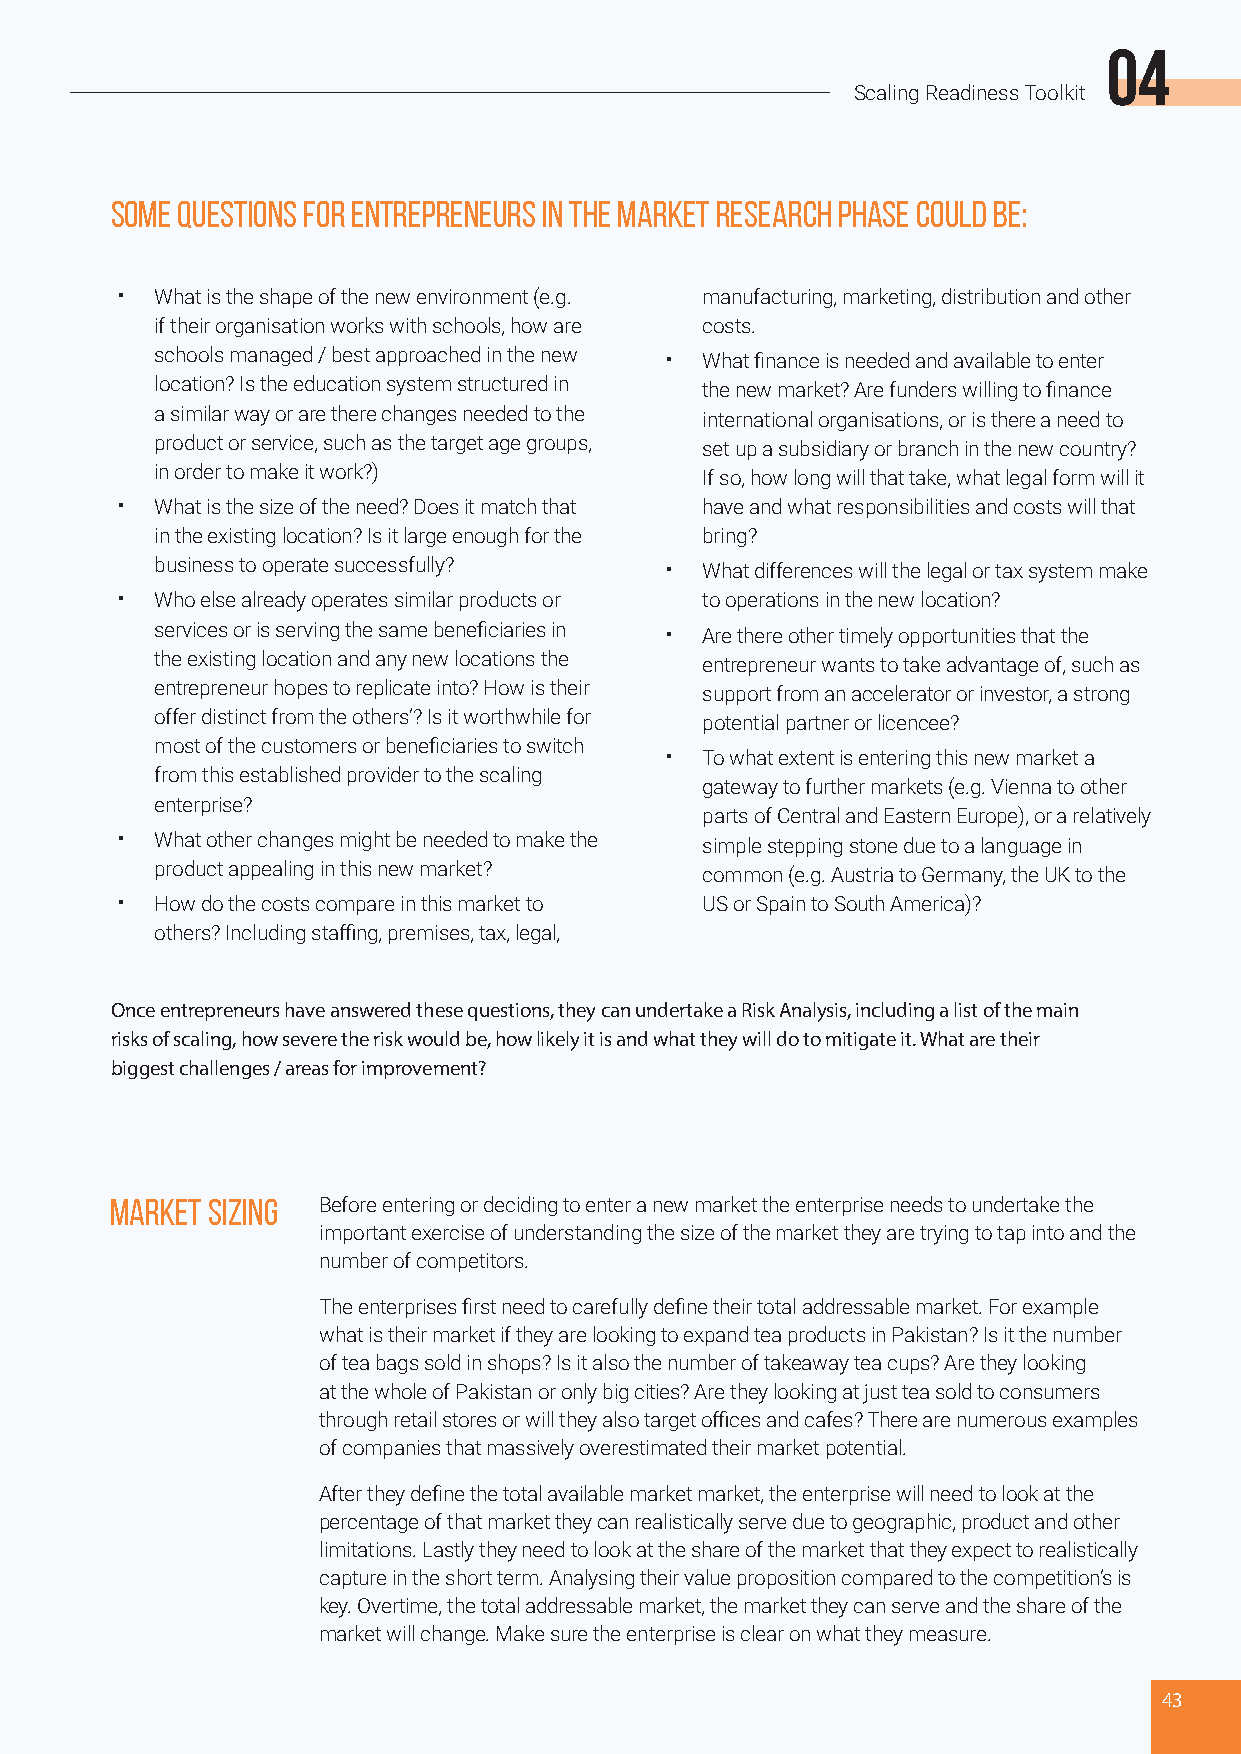
04
 Scaling Readiness Toolkit
 Some questions for entrepreneurs in the market research phase could be:
 • What is the shape of the new environment (e.g. manufacturing, marketing, distribution and other
 if their organisation works with schools, how are costs.
 schools managed / best approached in the new • What finance is needed and available to enter
 location? Is the education system structured in the new market? Are funders willing to finance
 a similar way or are there changes needed to the international organisations, or is there a need to
 product or service, such as the target age groups, set up a subsidiary or branch in the new country?
 in order to make it work?)          If so, how long will that take, what legal form will it
 Stage 2: Market Research and Preparation
 • What is the size of the need? Does it match that have and what responsibilities and costs will that
 in the existing location? Is it large enough for the bring?
 business to operate successfully? • What differences will the legal or tax system make
 • Who else already operates similar products or to operations in the new location?
 services or is serving the same beneficiaries in • Are there other timely opportunities that the
 the existing location and any new locations the entrepreneur wants to take advantage of, such as
 entrepreneur hopes to replicate into? How is their support from an accelerator or investor, a strong
 offer distinct from the others’? Is it worthwhile for potential partner or licencee?
 most of the customers or beneficiaries to switch
 • To what extent is entering this new market a
 from this established provider to the scaling
 gateway to further markets (e.g. Vienna to other
 enterprise?
 parts of Central and Eastern Europe), or a relatively
 • What other changes might be needed to make the simple stepping stone due to a language in
 product appealing in this new market? common (e.g. Austria to Germany, the UK to the
 • How do the costs compare in this market to US or Spain to South America)?
 others? Including staffing, premises, tax, legal,
 Once entrepreneurs have answered these questions, they can undertake a Risk Analysis, including a list of the main
 risks of scaling, how severe the risk would be, how likely it is and what they will do to mitigate it. What are their
 biggest challenges / areas for improvement?
 Market Sizing Before entering or deciding to enter a new market the enterprise needs to undertake the
 important exercise of understanding the size of the market they are trying to tap into and the
 number of competitors.
 The enterprises first need to carefully define their total addressable market. For example
 what is their market if they are looking to expand tea products in Pakistan? Is it the number
 of tea bags sold in shops? Is it also the number of takeaway tea cups? Are they looking
 at the whole of Pakistan or only big cities? Are they looking at just tea sold to consumers
 through retail stores or will they also target offices and cafes? There are numerous examples
 of companies that massively overestimated their market potential.
 After they define the total available market market, the enterprise will need to look at the
 percentage of that market they can realistically serve due to geographic, product and other
 limitations. Lastly they need to look at the share of the market that they expect to realistically
 capture in the short term. Analysing their value proposition compared to the competition’s is
 key. Overtime, the total addressable market, the market they can serve and the share of the
 market will change. Make sure the enterprise is clear on what they measure.
 43